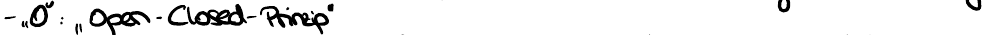
-"O" : "Open-Closed-Prinzip"